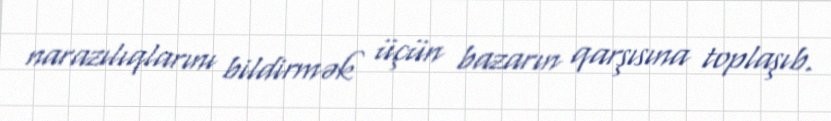
narazılıqlarını bildirmək üçün bazarın qarşısına toplaşıb.